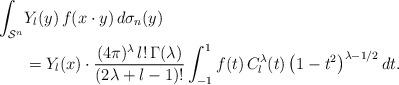
LaTeX: \begin{align*}\int_{\mathcal S^n}&Y_l(y)\,f(x\cdot y)\,d\sigma_n(y)\\&=Y_l(x)\cdot\frac{(4\pi)^\lambda\,l!\,\Gamma(\lambda)}{(2\lambda+l-1)!}\int_{-1}^1 f(t)\,C_l^\lambda(t)\left(1-t^2\right)^{\lambda-1/2}dt.\end{align*}